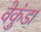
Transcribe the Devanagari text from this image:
वेकुंडा